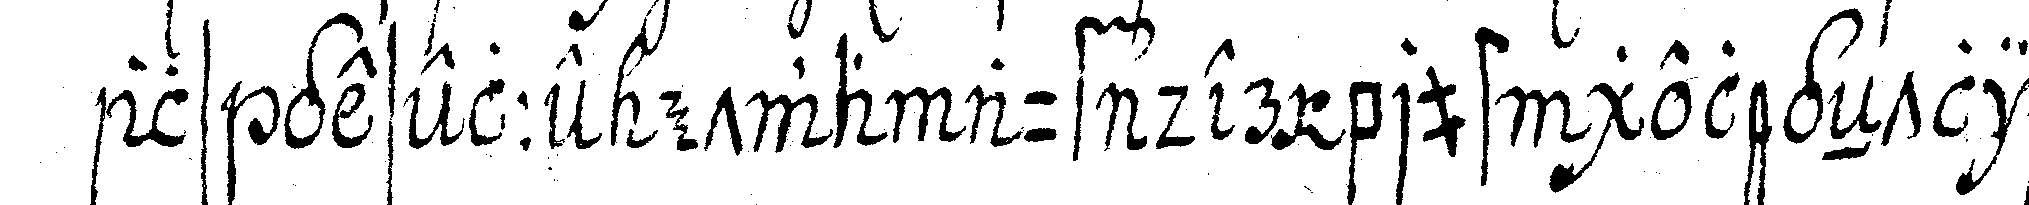
als geselle etwa auf der brust gelegeNtlich